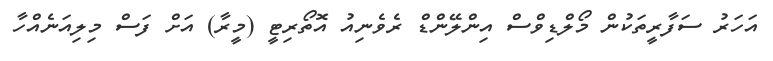
އަހަރު ސަފާރީތަކުން މޯލްޑިވްސް އިންލޭންޑް ރެވެނިއު އޮތޯރިޓީ (މީރާ) އަށް ފަސް މިލިއަނެއްހާ